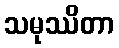
သမုဿိတာ